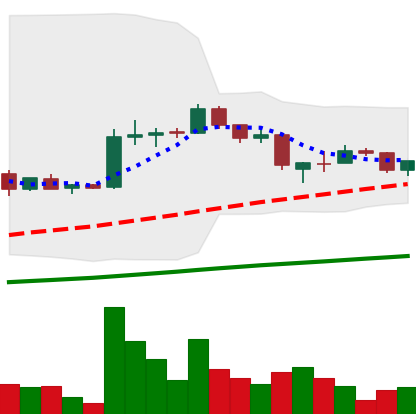
Ticker: LTC-USD
Chart end date: 2015-08-07
Forward return: -5.295%
Label: down_5_7